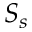
S _ { s }